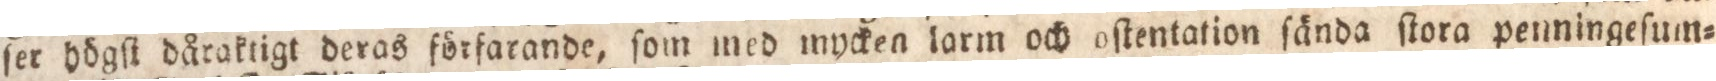
ſer högſt dåraktigt deras förfarande, ſom med mycken larm och oſtentation ſända ſtora penningeſum=